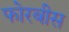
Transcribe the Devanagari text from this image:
फोरबीस